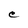
Character: C